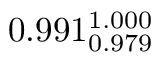
0 . 9 9 1 _ { 0 . 9 7 9 } ^ { 1 . 0 0 0 }